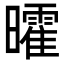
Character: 曤